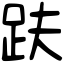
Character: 趺